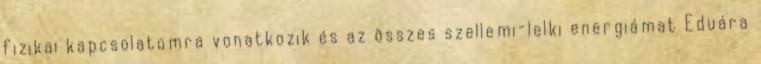
fizikai kapcsolatomra vonatkozik és az összes szellemi-lelki energiámat Eduára